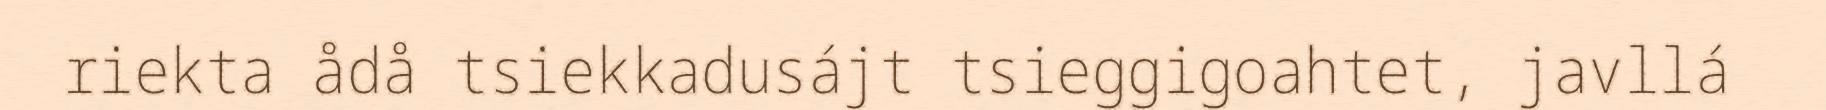
riekta ådå tsiekkadusájt tsieggigoahtet, javllá